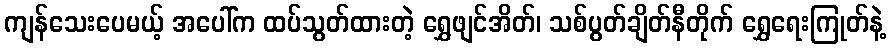
ကျန်သေးပေမယ့် အပေါ်က ထပ်သွတ်ထားတဲ့ ရွှေဖျင်အိတ်၊ သစ်ပွတ်ချိတ်နီတိုက် ရွှေရေးကြုတ်နဲ့